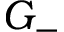
G _ { - }